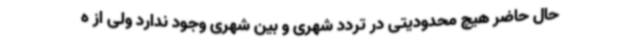
حال حاضر هیچ محدودیتی در تردد شهری و بین شهری وجود ندارد ولی از ه